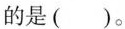
的是( )。